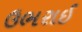
ઉભરાઈ